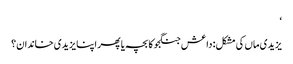
‘
یزیدی ماں کی مشکل: داعش جنگجو کا بچہ یا پھر اپنا یزیدی خاندان؟